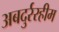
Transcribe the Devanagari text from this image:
अबदुर्ररहीम